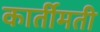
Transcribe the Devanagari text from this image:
कार्तीमती